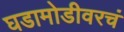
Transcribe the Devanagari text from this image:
घडामोडीवरचं